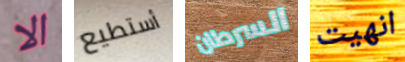
الا أستطيع السرطان انهيت